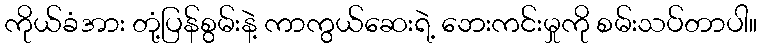
ကိုယ်ခံအား တုံ့ပြန်စွမ်းနဲ့ ကာကွယ်ဆေးရဲ့ ဘေးကင်းမှုကို စမ်းသပ်တာပါ။